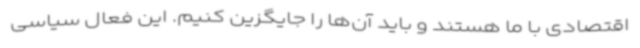
اقتصادی با ما هستند و باید آن‌ها را جایگزین کنیم. این فعال سیاسی